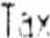
TAX